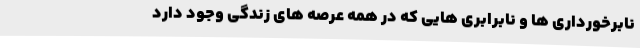
نابرخورداری ها و نابرابری هایی که در همه عرصه های زندگی وجود دارد